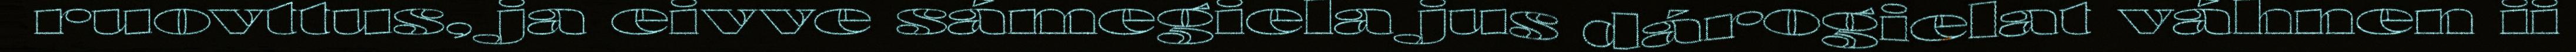
ruovttus, ja eivve sámegiela jus dárogielat váhnen ii